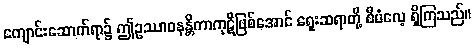
ကျောင်းဆောက်ရာ၌ ဤဥဿာဝနန္တိကာကုဋိဖြစ်အောင် ရှေးဆရာတို့ စီမံလေ့ ရှိကြသည်။